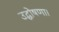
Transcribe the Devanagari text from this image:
उद्घोषणा।